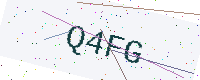
Text: Q4FG